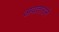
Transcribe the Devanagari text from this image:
अवताराने